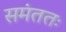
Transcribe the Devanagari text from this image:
समंततः